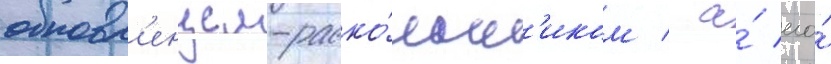
обновл'енцем-раско́льн'иком / а́ его́